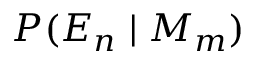
P ( E _ { n } \mid M _ { m } )